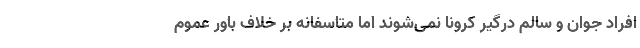
افراد جوان و سالم درگیر کرونا نمی‌شوند اما متاسفانه بر خلاف باور عموم